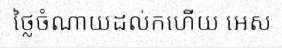
ថ្លៃចំណាយដល់កហើយ អេស